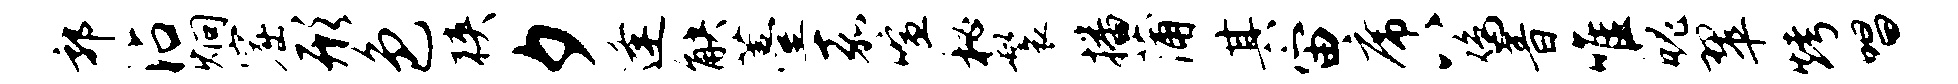
郭沾炯窟形色狭夕逢觖薹嘉喧秘鬟播蒲其宙席八鸡音唯魄翠烤唱